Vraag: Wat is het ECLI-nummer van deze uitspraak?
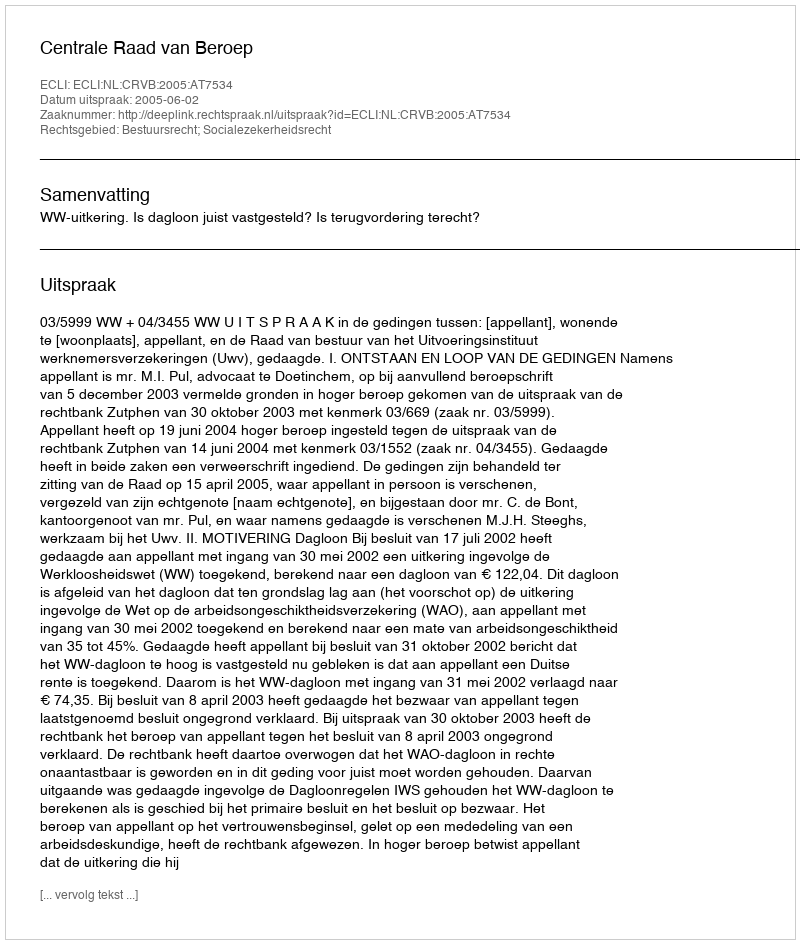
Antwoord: ECLI:NL:CRVB:2005:AT7534